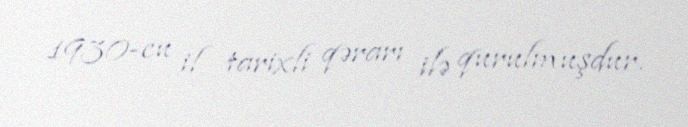
1930-cu il tarixli qərarı ilə qurulmuşdur.